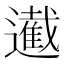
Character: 𮟙